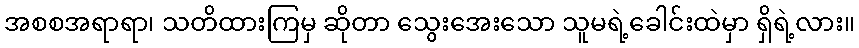
အစစအရာရာ၊ သတိထားကြမှ ဆိုတာ သွေးအေးသော သူမရဲ့ခေါင်းထဲမှာ ရှိရဲ့လား။